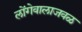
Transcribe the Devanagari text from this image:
लोंगेवालाजवळ